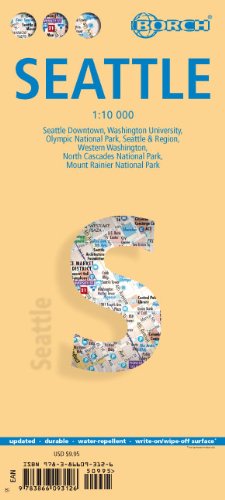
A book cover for Laminated Seattle City Map by Borch Maps (English, Spanish, French, Italian and German Edition); Borch; Travel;